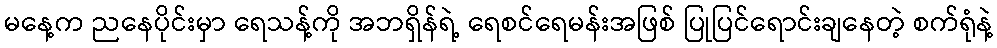
မနေ့က ညနေပိုင်းမှာ ရေသန့်ကို အဘရှိန်ရဲ့ ရေစင်ရေမန်းအဖြစ် ပြုပြင်ရောင်းချနေတဲ့ စက်ရုံနဲ့